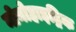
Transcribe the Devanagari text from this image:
मोनोहाइड्रिक